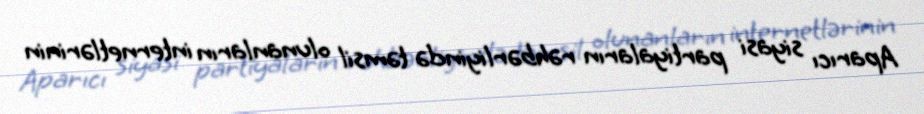
Aparıcı siyasi partiyaların rəhbərliyində təmsil olunanların internetlərinin